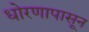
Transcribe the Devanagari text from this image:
धोरणापासून